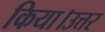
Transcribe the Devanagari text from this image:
किया।उत्तर